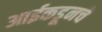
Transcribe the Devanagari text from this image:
आईकडूनचे